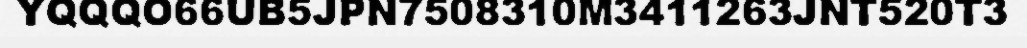
YQQQO66UB5JPN7508310M3411263JNT520T3